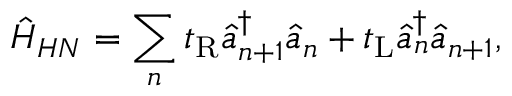
\hat { H } _ { H N } = \sum _ { n } t _ { \mathrm { R } } \hat { a } _ { n + 1 } ^ { \dagger } \hat { a } _ { n } + t _ { \mathrm { L } } \hat { a } _ { n } ^ { \dagger } \hat { a } _ { n + 1 } ,